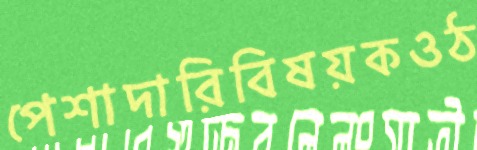
পেশাদারিবিষয়কওঠ